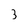
Character: 3